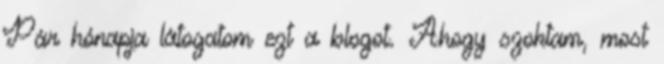
Pár hónapja látogatom ezt a blogot. Ahogy szoktam, most